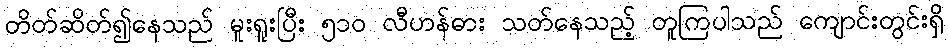
တိတ်ဆိတ်၍နေသည် မူးရူးပြီး ၅၁၀ လီဟန်ဓား သတ်နေသည့် တူကြပါသည် ကျောင်းတွင်းရှိ